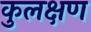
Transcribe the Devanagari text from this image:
कुलक्षण